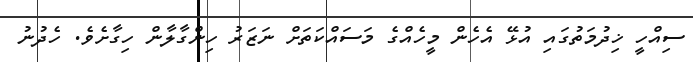
ސިއްހީ ޚިދުމަތުގައި އުޅޭ އެހެން މީހެއްގެ މަސައްކަތަށް ނަޒަރު ހިންގާލާން ހިގާށެވެ. ހެދުނު